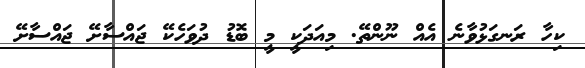
ކިހާ ރަނގަޅުވާނެ އެއް ނޫންތޭ. މިއަދަކީ މީ ބޮޑު ދުވަހެކޭ ޖައްސާށޭ ޖައްސާށޭ